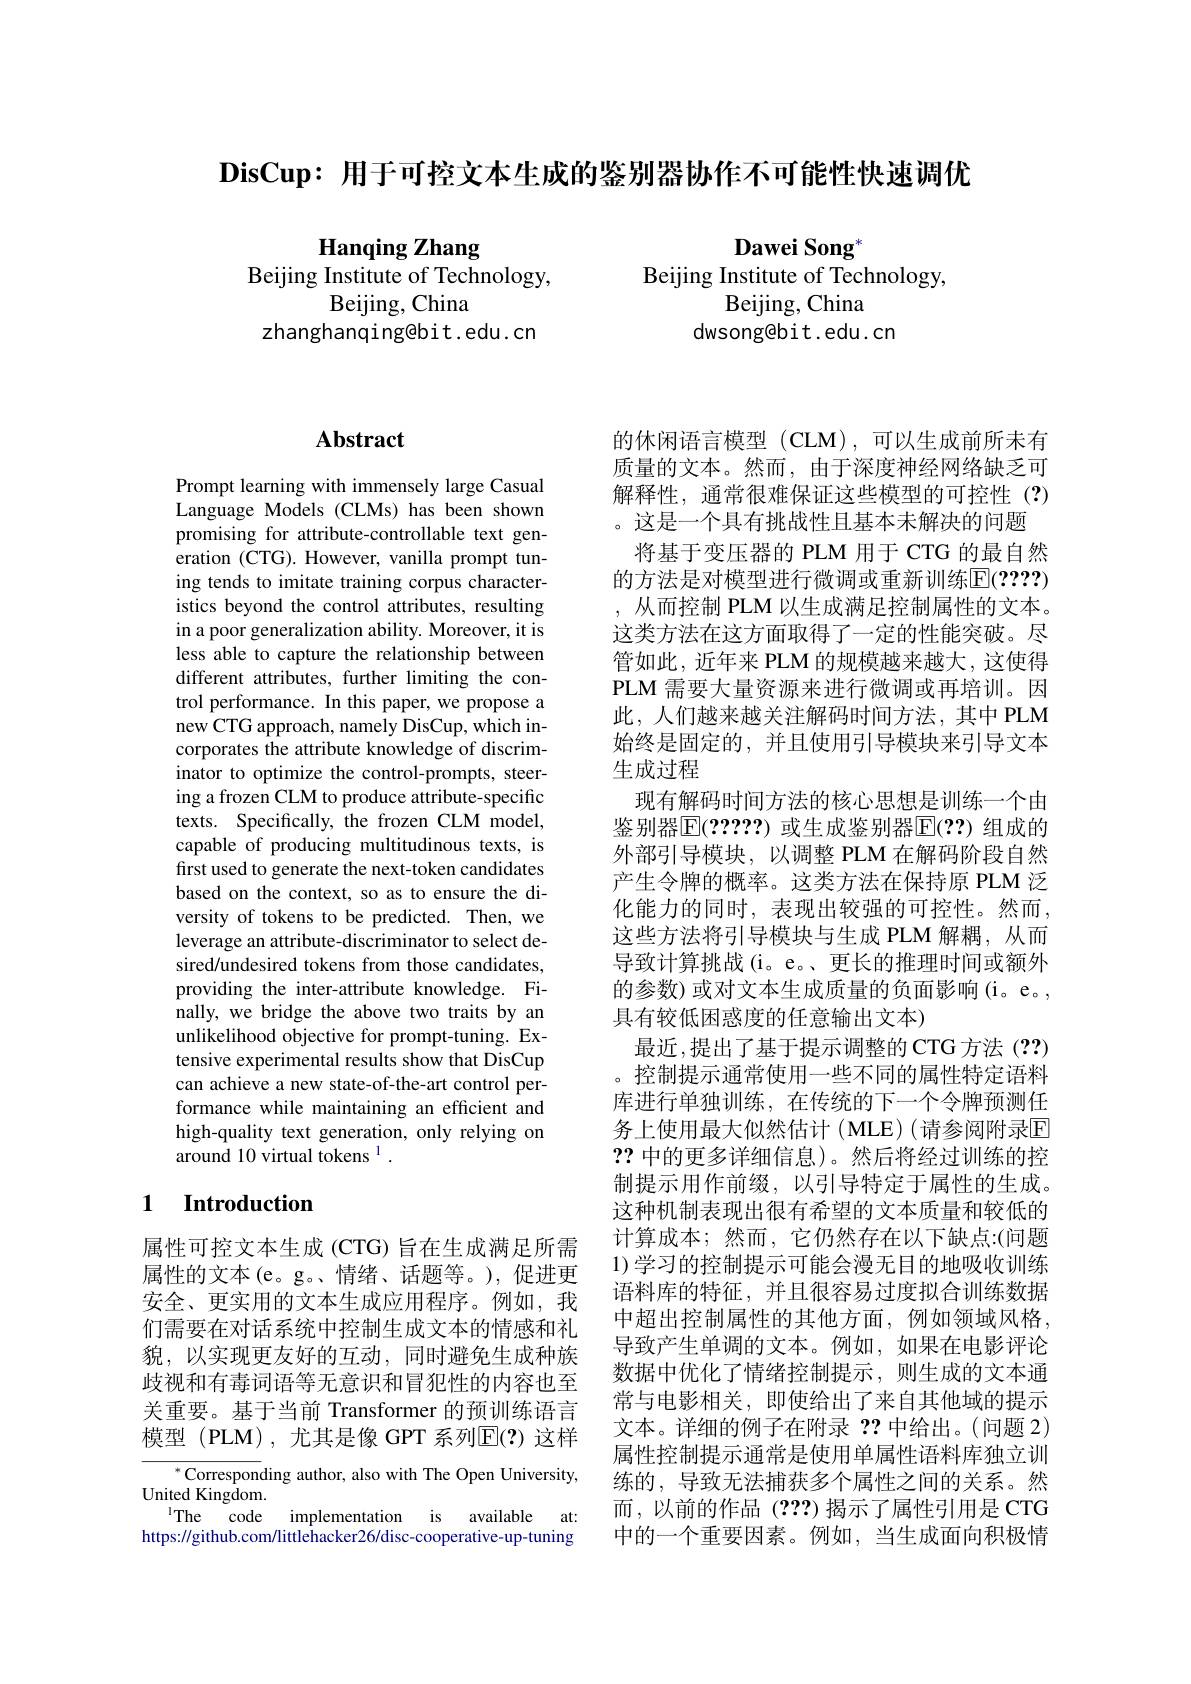
$\textbf{DisCup: 用 于 可 控 文 本 生 成 的 鉴 别 器 协 作 不 可 能 性 快 速 调 优 }$

Dawei Song$^{*}$
Beijing Institute of Technology,
Beijing, China
dwsongebit.edu.cn

Hanqing Zhang
Beijing Institute of Technology,
Beijing, China
zhanghanqingebit.edu.cn

# Abstract

Prompt learning with immensely large Casual Language Models (CLMs) has been shown promising for attribute-controllable text generation (CTG). However, vanilla prompt tuning tends to imitate training corpus characteristics beyond the control attributes, resulting in a poor generalization ability. Moreover, it is less able to capture the relationship between different attributes, further limiting the control performance. In this paper, we propose a new CTG approach, namely DisCup, which incorporates the attribute knowledge of discriminator to optimize the control-prompts, steering a frozen CLM to produce attribute-specific texts. Specifically, the frozen CLM model, capable of producing multitudinous texts, is first used to generate the next-token candidates based on the context, so as to ensure the diversity of tokens to be predicted. Then, we leverage an attribute-discriminator to select desired/undesired tokens from those candidates, providing the inter-attribute knowledge. Finally, we bridge the above two traits by an unlikelihood objective for prompt-tuning. Extensive experimental results show that DisCup can achieve a new state-of-the-art control performance while maintaining an efficient and high-quality text generation, only relying on around 10 virtual tokens $^{1}.$

## 1 $\textbf{Introduction}$

属性可控文本生成 (CTG) 旨在生成满足所需属性的文本(e。g。、情绪、话题等。),促进更安全、更实用的文本生成应用程序。例如，我们需要在对话系统中控制生成文本的情感和礼貌，以实现更友好的互动，同时避免生成种族歧视和有毒词语等无意识和冒犯性的内容也至关重要。基于当前 Transformer 的预训练语言模型 (PLM),尤其是像 GPT 系列$\mathbb{E}(?)$ 这样

$^*$Corresponding author, also with The Open University,
$\mathop{\text{United Kingdom}}.$
The code implementation is available at: https://github.com/littlehacker26/disc-cooperative-up-tuning

的休闲语言模型(CLM),可以生成前所未有质量的文本。然而，由于深度神经网络缺乏可解释性，通常很难保证这些模型的可控性(?) 。这是一个具有挑战性且基本未解决的问题
将基于变压器的 PLM 用于 CTG 的最自然的方法是对模型进行微调或重新训练$\mathbb{E}(????)$ ,从而控制 PLM 以生成满足控制属性的文本。这类方法在这方面取得了一定的性能突破。尽管如此，近年来 PLM 的规模越来越大，这使得PLM 需要大量资源来进行微调或再培训。因此，人们越来越关注解码时间方法，其中 PLM 始终是固定的，并且使用引导模块来引导文本生成过程
现有解码时间方法的核心思想是训练一个由鉴别器$\overline{\mathbb{E}}(?????)$ 或生成鉴别器$\overline{\mathbb{E}}(??)$ 组成的外部引导模块，以调整 PLM 在解码阶段自然产生令牌的概率。这类方法在保持原 PLM 泛化能力的同时，表现出较强的可控性。然而， 这些方法将引导模块与生成 PLM 解耦，从而导致计算挑战(i。e。、更长的推理时间或额外的参数)或对文本生成质量的负面影响(i。e。, 具有较低困惑度的任意输出文本)
最近，提出了基于提示调整的 CTG 方法 (??) 。控制提示通常使用一些不同的属性特定语料库进行单独训练，在传统的下一个令牌预测任务上使用最大似然估计(MLE)(请参阅附录回2?中的更多详细信息)。然后将经过训练的控制提示用作前缀，以引导特定于属性的生成。这种机制表现出很有希望的文本质量和较低的计算成本；然而，它仍然存在以下缺点：(问题1)学习的控制提示可能会漫无目的地吸收训练语料库的特征，并且很容易过度拟合训练数据中超出控制属性的其他方面，例如领域风格导致产生单调的文本。例如，如果在电影评论数据中优化了情绪控制提示，则生成的文本通常与电影相关，即使给出了来自其他域的提示文本。详细的例子在附录？?中给出。(问题 2) 属性控制提示通常是使用单属性语料库独立训练的，导致无法捕获多个属性之间的关系。然而，以前的作品(???)揭示了属性引用是 CTG 中的一个重要因素。例如，当生成面向积极情